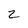
Character: Z